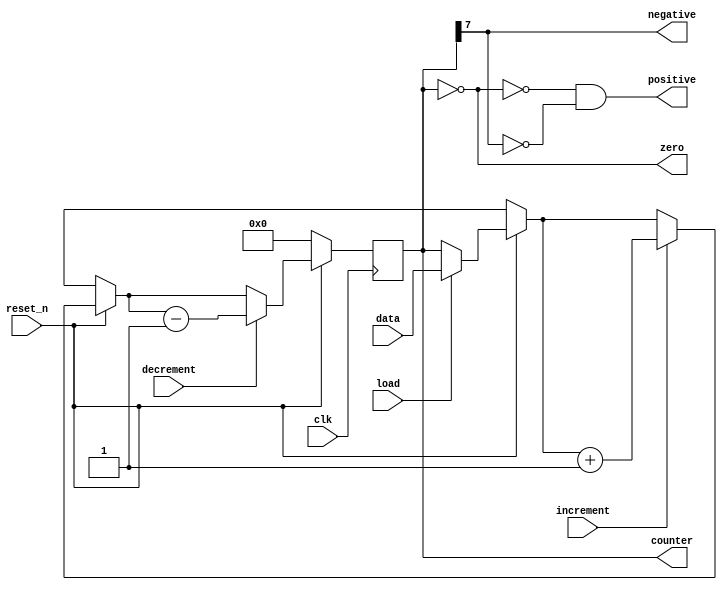
module temp_register (input clk, reset_n, load, increment, decrement, input [7:0] data,
					output reg [7:0] counter,//test
					output negative, positive, zero
					);
	//reg [7:0] counter;
	assign negative = counter[7];
	assign zero = (counter == 8'b0);
	assign positive =(~zero&~negative);
	always@(posedge clk)
		begin
			if(!reset_n) counter = 8'b0;
			else
			begin
				if(load) 
					begin
						counter = data;
					end
				if(increment) counter = counter + 1;
				if(decrement) counter = counter - 1;		
			end
		end
endmodule